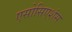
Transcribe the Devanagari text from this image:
एसोसिएशंस